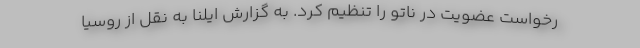
رخواست عضویت در ناتو را تنظیم کرد. به گزارش ایلنا به نقل از روسیا